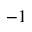
^ { - 1 }